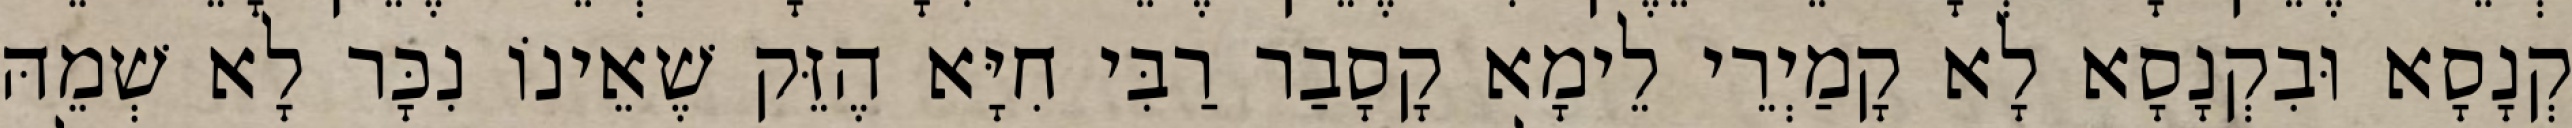
קְנָסָא וּבִקְנָסָא לָא קָמַיְרֵי לֵימָא קָסָבַר רַבִּי חִיָּא הֶזֵּק שֶׁאֵינוֹ נִכָּר לָא שְׁמֵהּ